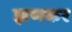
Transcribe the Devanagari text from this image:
झणकर